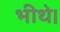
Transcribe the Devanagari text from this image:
भीथे।